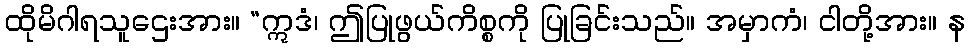
ထိုမိဂါရသူဌေးအား။ “ဣဒံ၊ ဤပြုဖွယ်ကိစ္စကို ပြုခြင်းသည်။ အမှာကံ၊ ငါတို့အား။ န